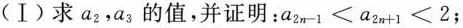
(Ⅰ)求a_{2}，a_{3}的值，并证明：$$a_{2n-1}<a_{2n+1}<2$$；